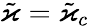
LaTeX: \tilde{\varkappa}=\tilde{\varkappa}_{c}